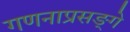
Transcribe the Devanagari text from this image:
गणनाप्रसङ्गे